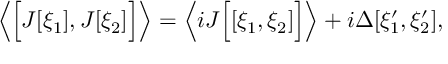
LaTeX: \left\langle \Bigl [ J [ \xi _ { 1 } ] , J [ \xi _ { 2 } ] \Bigr ] \right\rangle = \left\langle i J \Bigl [ [ \xi _ { 1 } , \xi _ { 2 } ] \Bigr ] \right\rangle + i \Delta [ \xi _ { 1 } ^ { \prime } , \xi _ { 2 } ^ { \prime } ] ,